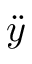
\ddot { y }